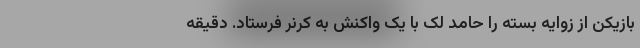
بازیکن از زوایه بسته را حامد لک با یک واکنش به کرنر فرستاد. دقیقه